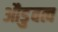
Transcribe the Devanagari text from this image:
औडुवत्व